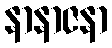
နာနာဇနာ